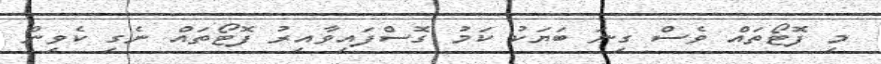
މި ފޮޓޯތައް ވެސް ގިނަ ބަޔަކު ކަމު ގޮސްފައިވާއިރު ފޮޓޯތައް ނެގި ކެވިން